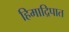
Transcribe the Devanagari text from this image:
हिमाद्रिपात